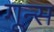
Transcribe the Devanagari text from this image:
गून्स